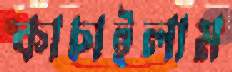
কাচাইলাম